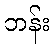
ဘန်း